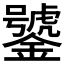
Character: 𲇦